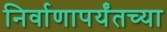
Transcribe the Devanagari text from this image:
निर्वाणापर्यंतच्या